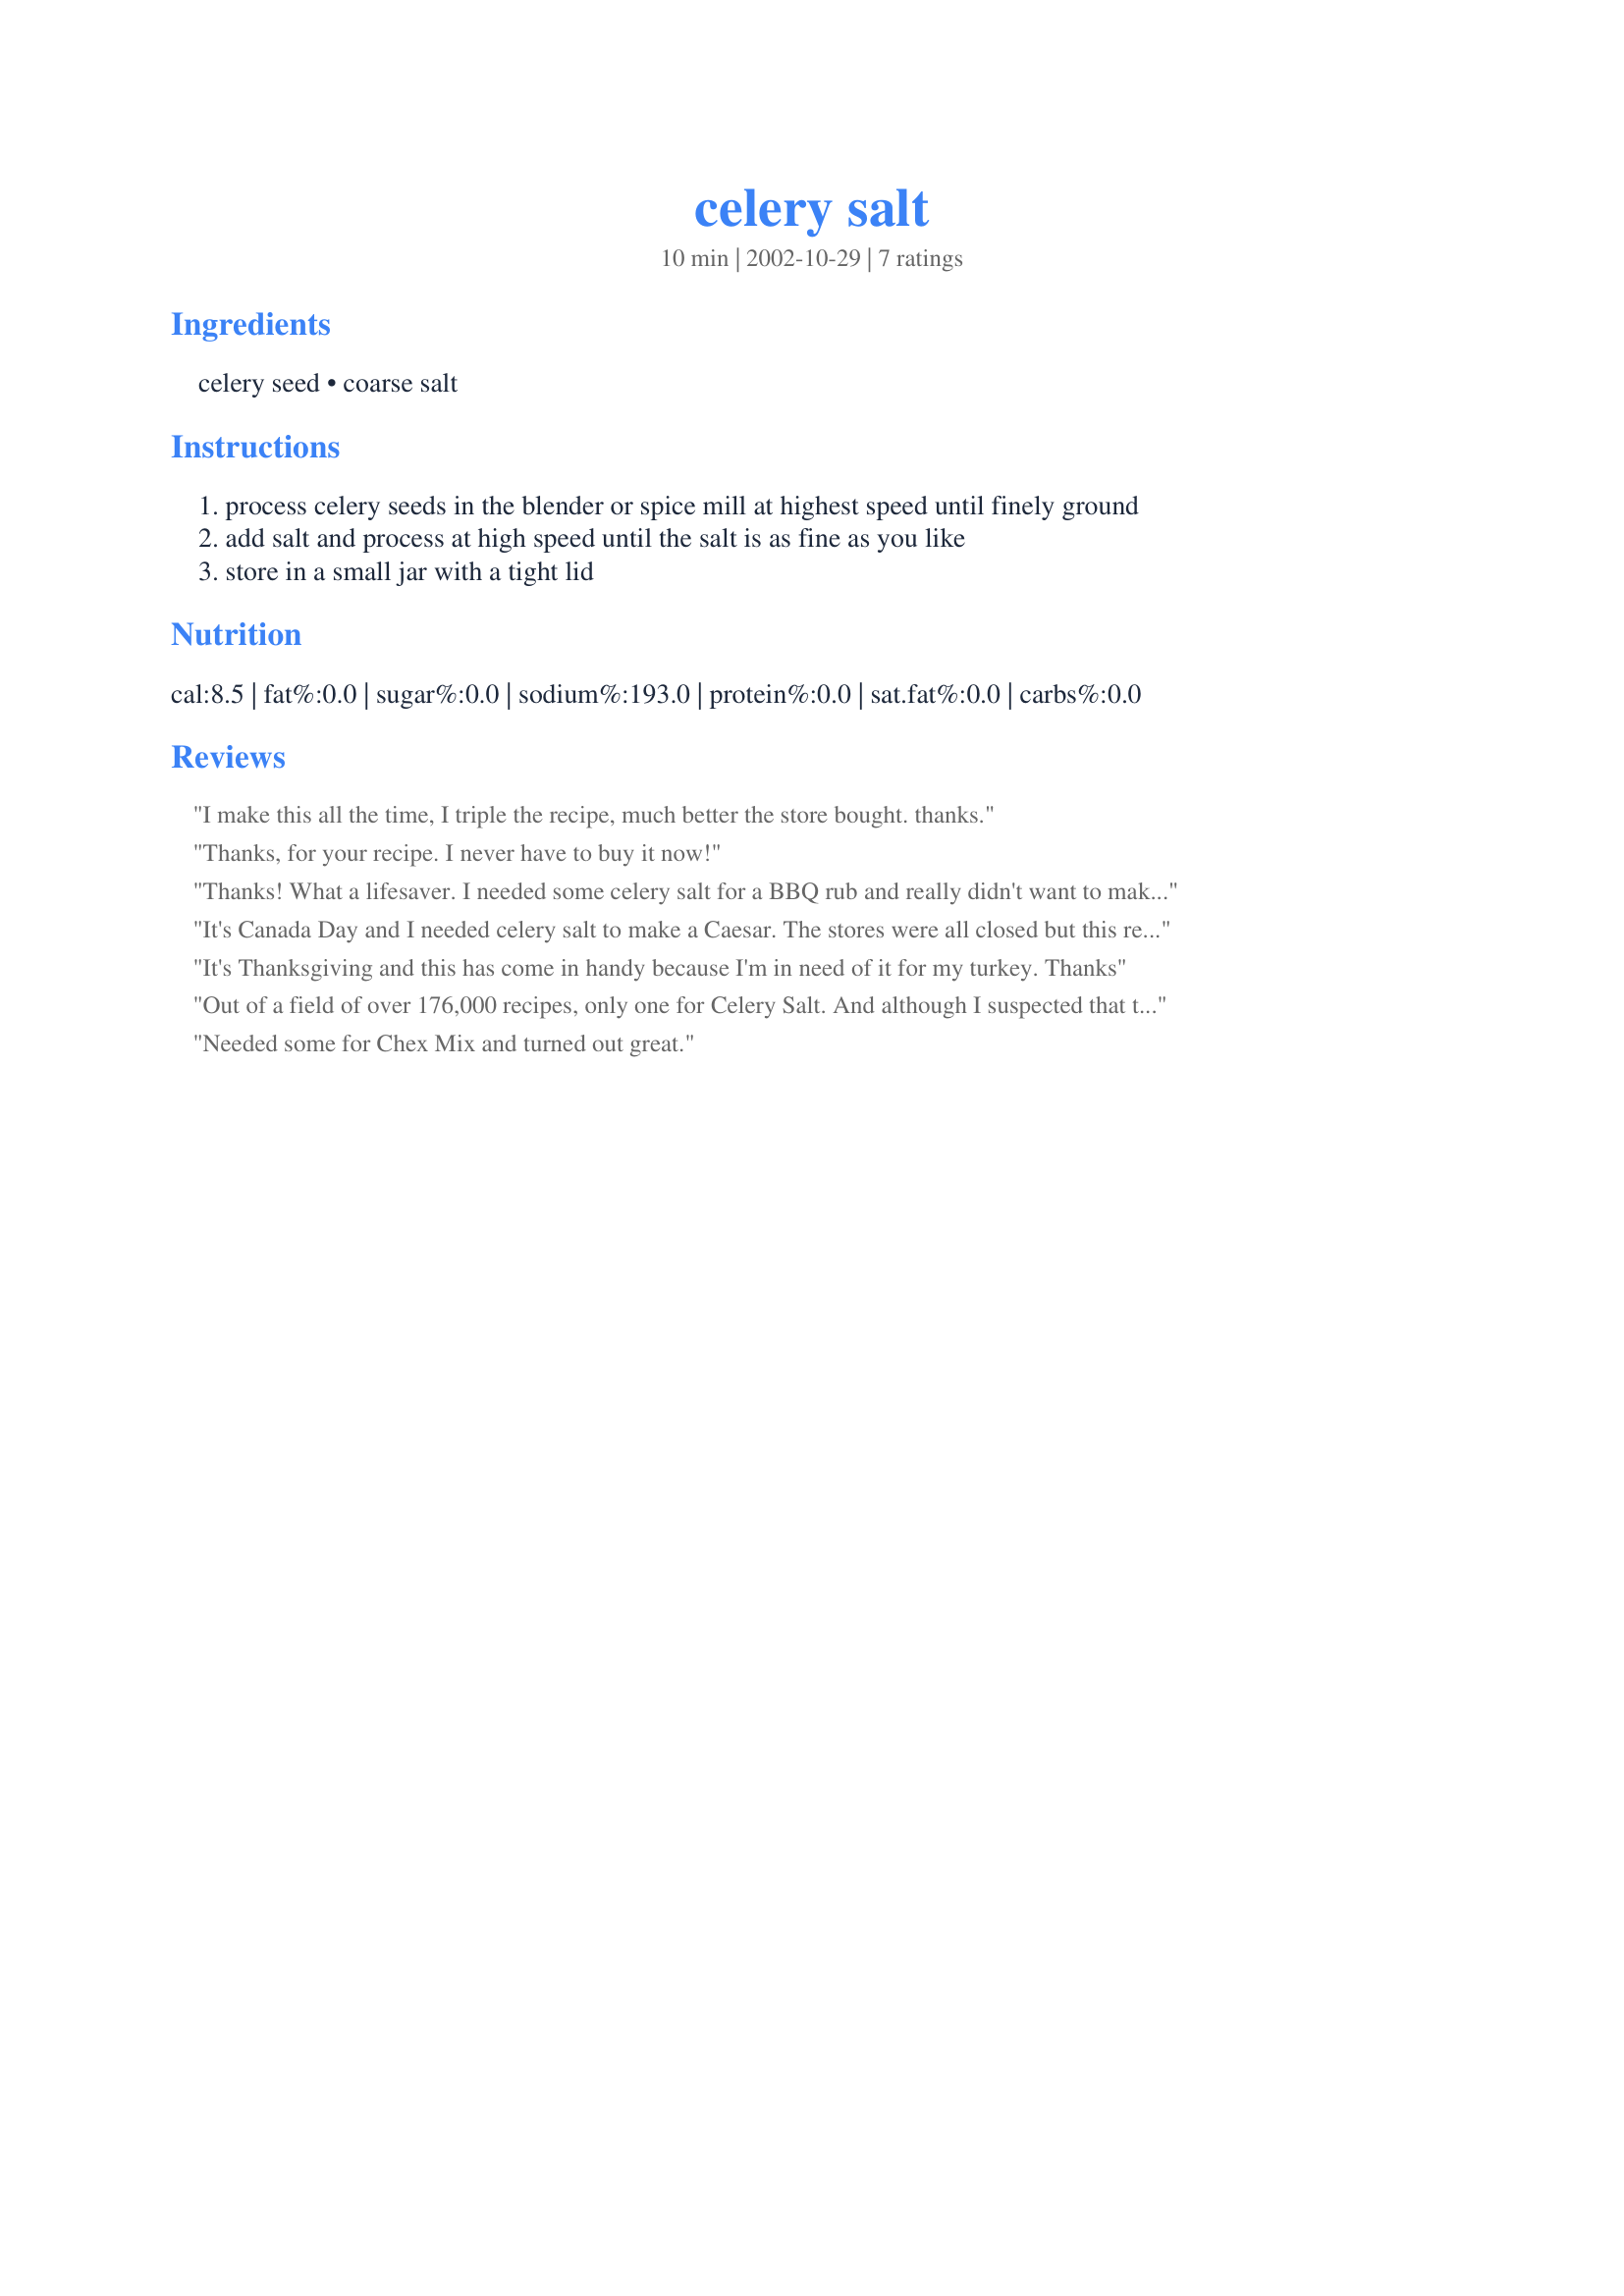
celery salt
Preparation time: 10 minutes

Ingredients:
celery seed, coarse salt

Steps:
process celery seeds in the blender or spice mill at highest speed until finely ground
add salt and process at high speed until the salt is as fine as you like
store in a small jar with a tight lid

Reviews:
I make this all the time, I triple the recipe, much better the store bought. thanks.
Thanks, for your recipe. I never have to buy it now!
Thanks! What a lifesaver. I needed some celery salt for a BBQ rub and really didn't want to make a run to the store. Somehow, I knew I would find help here from my Zaar friends.
It's Canada Day and I needed celery salt to make a Caesar. The stores were all closed but this recipe came to the rescue.
Thanks for posting.
It's Thanksgiving and this has come in handy because I'm in need of it for my turkey. Thanks
Out of a field of over 176,000 recipes, only one for Celery Salt. And although I suspected that there was more salt than celery seed, I could have spent hours playing with the proportions. THANK YOU !!
Needed some for Chex Mix and turned out great.
